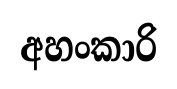
අහංකාරි